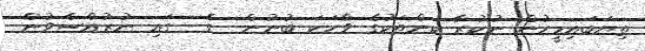
ތިޔަބައިމީހުން ނުކުރާ ކަންތަކުގެ ވާހަކަ ބުނުން  ގެ  ގައި ނުރުއްސެވުން